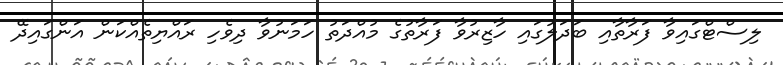
ލިސްޓްގައިވާ ފަރާތާއި ބަދަލުގައި ހާޒިރުވާ ފަރާތުގެ މުއްދަތު ހަމަނުވާ ދިވެހި ރައްޔިތެއްކަން އަންގައިދޭ